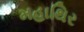
મહાથિર